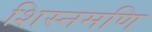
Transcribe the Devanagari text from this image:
शिस्नमणि